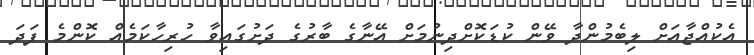
އެކުއްޖާއަށް ލިބެމުންދާ ވޭން ކުޑަކޮށްދިނުމަށް އޭނާގެ ބާރުގެ ދަށުގައިވާ ހުރިހާކަމެއް ކޮންމެ ފަދަ